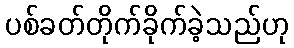
ပစ်ခတ်တိုက်ခိုက်ခဲ့သည်ဟု